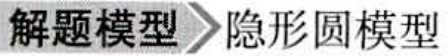
解题模型 隐形圆模型